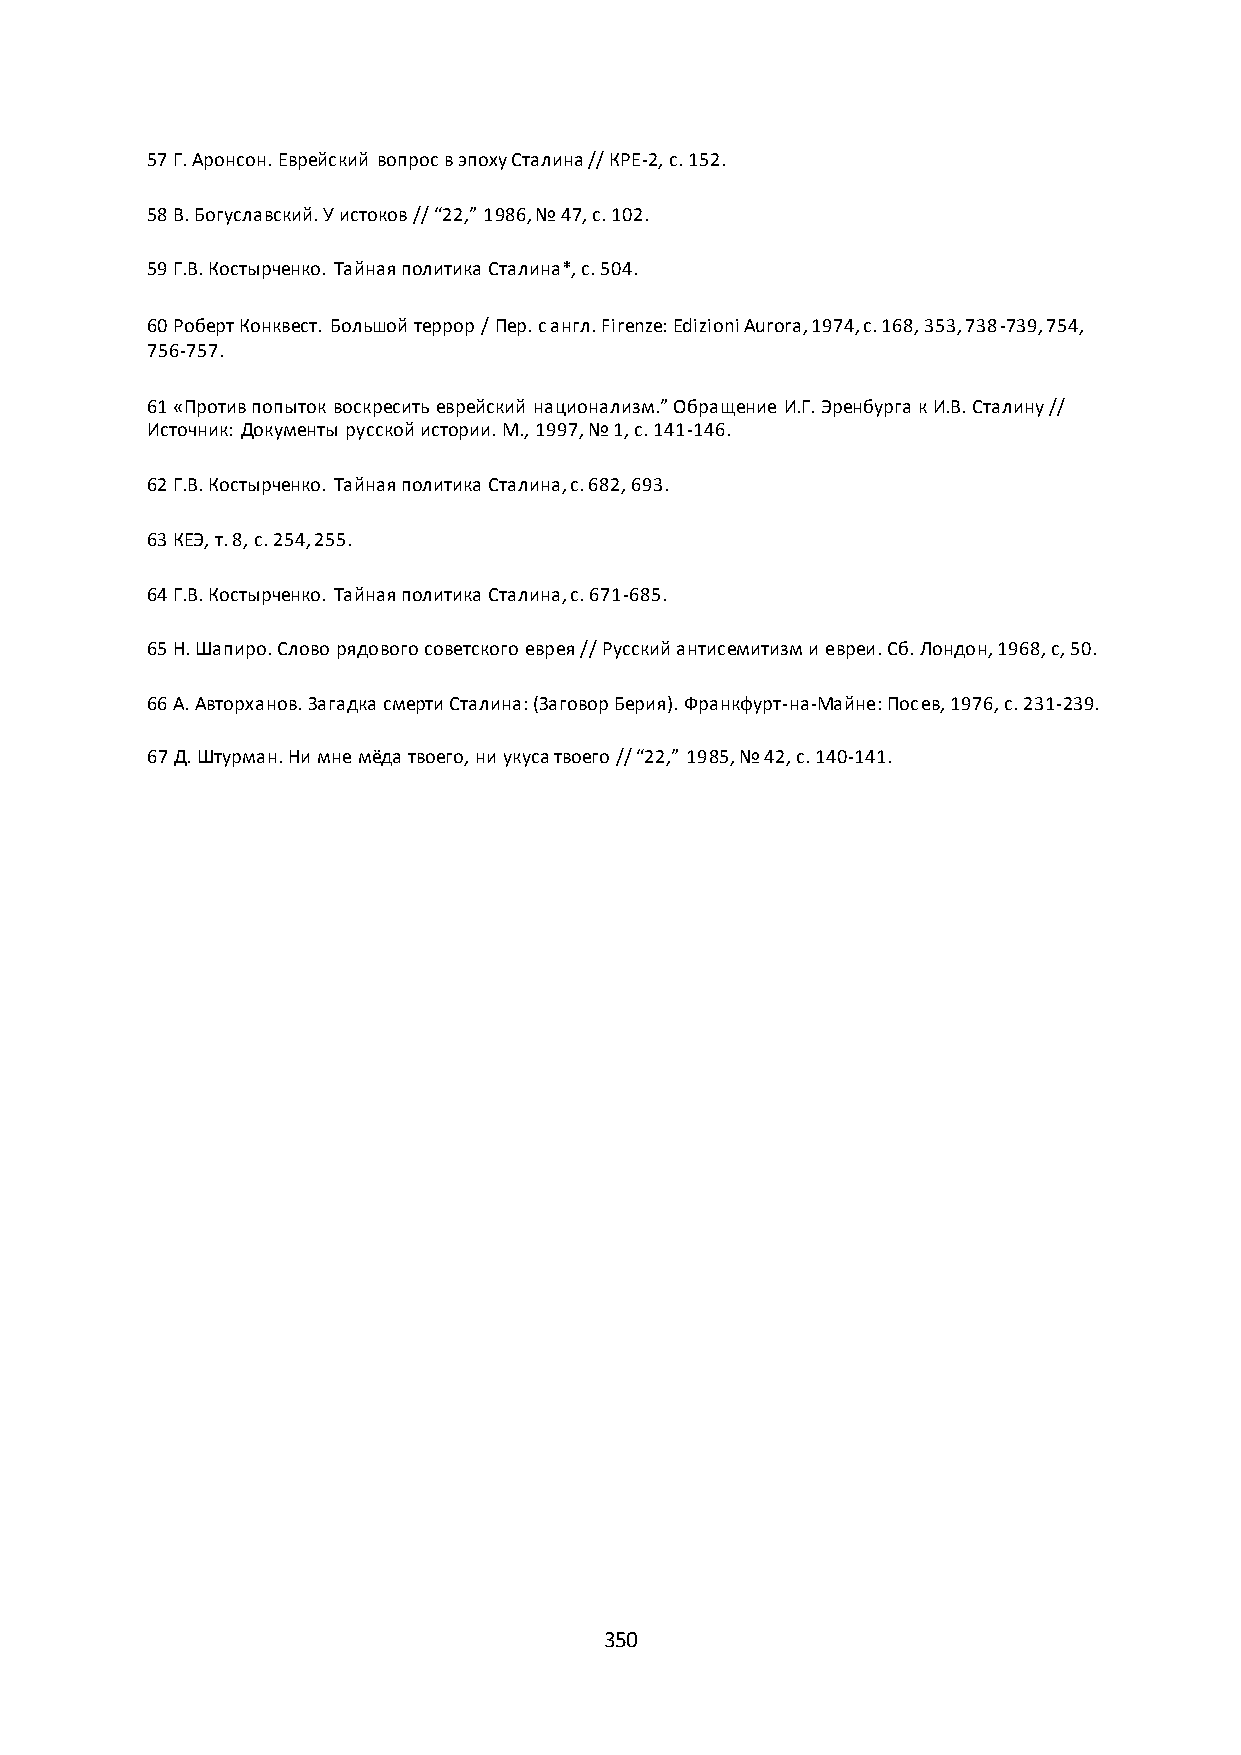
57 Г. Аронсон. Еврейский вопрос в эпоху Сталина // КРЕ-2, с. 152.
 58 В. Богуславский. У истоков // “22,” 1986, № 47, с. 102.
 59 Г.В. Костырченко. Тайная политика Сталина*, с. 504.
 60 Роберт Конквест. Большой террор / Пер. с англ. Firenze: Edizioni Aurora, 1974, с. 168, 353, 738-739, 754,
 756-757.
 61 «Против попыток воскресить еврейский национализм.” Обращение И.Г. Эренбурга к И.В. Сталину //
 Источник: Документы русской истории. М., 1997, № 1, с. 141-146.
 62 Г.В. Костырченко. Тайная политика Сталина, с. 682, 693.
 63 КЕЭ, т. 8, с. 254, 255.
 64 Г.В. Костырченко. Тайная политика Сталина, с. 671-685.
 65 Н. Шапиро. Слово рядового советского еврея // Русский антисемитизм и евреи. Сб. Лондон, 1968, с, 50.
 66 А. Авторханов. Загадка смерти Сталина: (Заговор Берия). Франкфурт-на-Майне: Посев, 1976, с. 231-239.
 67 Д. Штурман. Ни мне мёда твоего, ни укуса твоего // “22,” 1985, № 42, с. 140-141.
 350